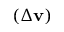
( \Delta \mathbf { v } )